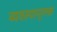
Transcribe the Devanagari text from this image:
व्यवस्थामूलक